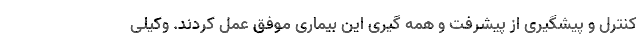
کنترل و پیشگیری از پیشرفت و همه گیری این بیماری موفق عمل کردند. وکیلی